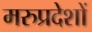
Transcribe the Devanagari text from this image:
मरुप्रदेशों